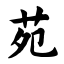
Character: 苑